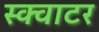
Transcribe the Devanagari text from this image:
स्क्वाटर